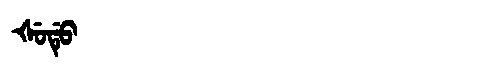
Manchu: ᡧᡠᡩᡠ
Romanization: ŠUDU